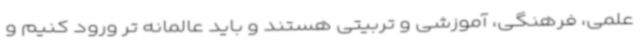
علمی، فرهنگی، آموزشی و تربیتی هستند و باید عالمانه تر ورود کنیم و